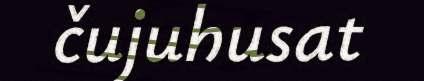
čujuhusat